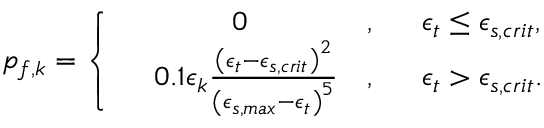
\begin{array} { r } { p _ { f , k } = \left\{ \begin{array} { r l r l } & { ~ ~ ~ ~ ~ ~ ~ ~ 0 } & { , } & { ~ ~ \epsilon _ { t } \le \epsilon _ { s , c r i t } , } \\ & { 0 . 1 \epsilon _ { k } \frac { \left( \epsilon _ { t } - \epsilon _ { s , c r i t } \right) ^ { 2 } } { \left( \epsilon _ { s , m a x } - \epsilon _ { t } \right) ^ { 5 } } } & { , } & { ~ ~ \epsilon _ { t } > \epsilon _ { s , c r i t } . } \end{array} \right. } \end{array}